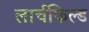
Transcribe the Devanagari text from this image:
लार्चफिल्ड